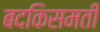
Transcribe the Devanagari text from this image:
बदकिसमती